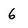
Character: 6